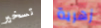
تسخير زهرية